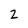
Character: 2